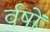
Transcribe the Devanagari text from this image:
र्वषों